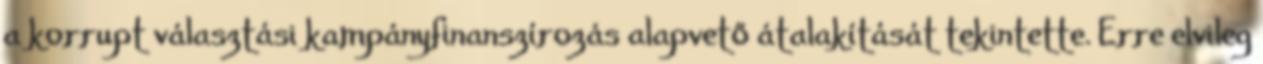
a korrupt választási kampányfinanszírozás alapvető átalakítását tekintette. Erre elvileg